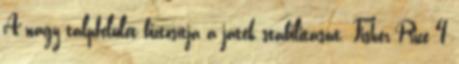
A nagy talpfelület biztosítja a játék stabilitását. Fisher-Price 4